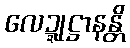
လေဍ္ဍုဋ္ဌာနန္တိ